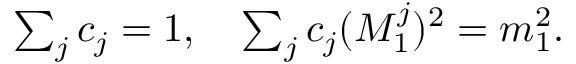
\begin{array} { r } { \sum _ { j } c _ { j } = 1 , \quad \sum _ { j } c _ { j } ( M _ { 1 } ^ { j } ) ^ { 2 } = m _ { 1 } ^ { 2 } . } \end{array}